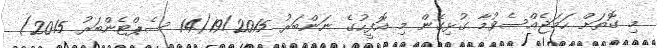
މި ގޮތަށް ހަމަޖެއްސެވުމާ ގުޅިގެން މި އޮފީހުގެ ނަންބަރު 19/2015(14 ސެޕްޓެންބަރު 2015)